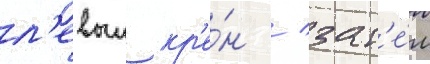
л'евыи кр'е́н / зат'е́м